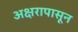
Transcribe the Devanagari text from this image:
अक्षरापासून